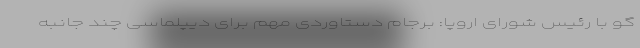
گو با رئیس شورای اروپا: برجام دستاوردی مهم برای دیپلماسی چند جانبه